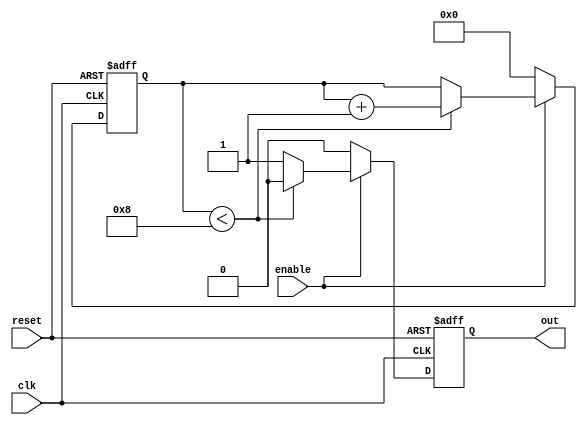
module RC_Delay (
    input wire clk,
    input wire reset,
    input wire enable,
    output reg out
);

reg [7:0] counter;
parameter DELAY_VALUE = 8; //adjust this value to change delay

always @(posedge clk or posedge reset) begin
    if (reset) begin
        counter <= 8'b0;
        out <= 1'b0;
    end else begin
        if (enable) begin
            if (counter < DELAY_VALUE) begin
                counter <= counter + 1;
                out <= 1'b0;
            end else begin
                out <= 1'b1;
            end
        end else begin
            counter <= 8'b0;
            out <= 1'b0;
        end
    end
end

endmodule